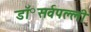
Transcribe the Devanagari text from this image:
डॉ॰सर्वपल्ली